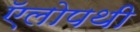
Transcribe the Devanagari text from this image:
ऍलोपथी